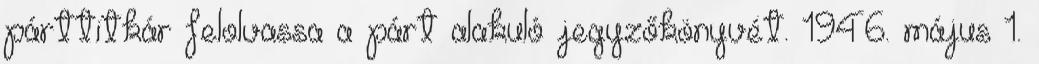
párttitkár felolvassa a párt alakuló jegyzőkönyvét. 1946. május 1.